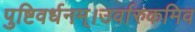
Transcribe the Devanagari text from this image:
पुष्टिवर्धनम्।उर्वारुकमिव